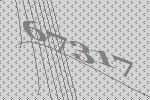
67317